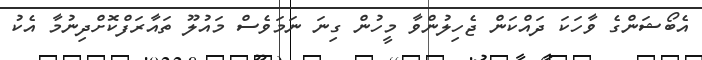
އެބޯޝަންގެ ވާހަކަ ދައްކަން ޖެހިލުންވާ މީހުން ގިނަ ނަމަވެސް މައުލޫ ތައާރަފްކޮށްދިނުމާ އެކު